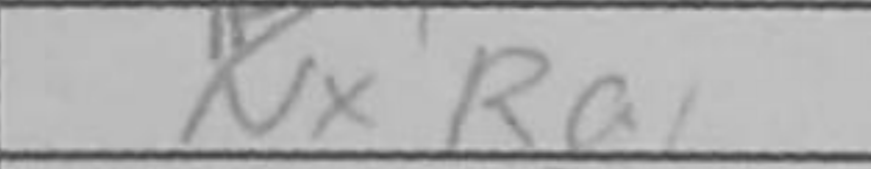
Transcription: NxRa1